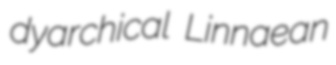
dyarchical Linnaean